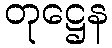
တုဋ္ဌေန